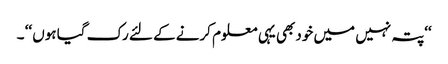
‘‘پتہ نہیں میں خود بھی یہی معلوم کرنے کے لئے رک گیا ہوں ‘‘ ۔